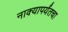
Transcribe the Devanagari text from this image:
नाक्‍यापर्यंतचा